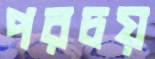
পরচয়